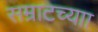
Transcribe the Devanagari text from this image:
सम्राटच्याा